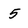
Character: 5